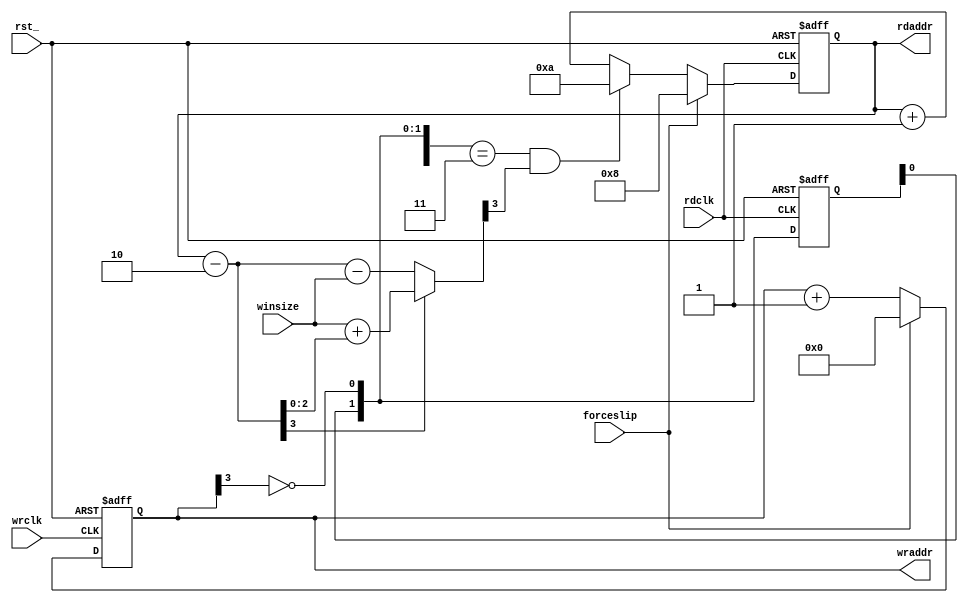
// Description     : Fifo clock converter control module. this macro uses to synchronize
//                   two data stream @ different clk domain.
//////////////////////////////////////////////////////////////////////////////////

module ffclkconvx
    (
     wrclk,     // clk of data write
     rdclk,     // clk of data read
     rst_,

     winsize,   // window size threshold to slip
     forceslip, // force slip buffer
     
                // Connect to memories
     wraddr,    // @+wrclk write address of memories
     rdaddr     // @+rdclk read address of memories
     );

parameter ADDRBIT = 4;
parameter WIN_WIDTH = 2;

parameter OFFSET = 2'd2; // the number clk cycle need to synchronize.
parameter RDCNT_RST = {1'b1,{ADDRBIT-1{1'b0}}};
parameter RDCNT_SLP = RDCNT_RST + OFFSET;
input   wrclk;
input   rdclk;

input   rst_;

input [WIN_WIDTH -1 :0] winsize;

input   forceslip;

output [ADDRBIT-1:0] wraddr;
output [ADDRBIT-1:0] rdaddr;

reg     [ADDRBIT-1:0]   wrcnt;

wire    [ADDRBIT-1:0] wraddr;
assign  wraddr = wrcnt;

reg     [ADDRBIT-1:0]   rdcnt;

wire    [ADDRBIT-1:0] rdaddr;
assign  rdaddr = rdcnt;

always @(posedge wrclk or negedge rst_)
    begin
    if(!rst_) wrcnt <= {ADDRBIT{1'b0}};
    else if (forceslip) wrcnt <= {ADDRBIT{1'b0}};
    else wrcnt  <= wrcnt  + 1'b1;
    end

wire     sync;
assign   sync = ~wrcnt[ADDRBIT-1];

reg [1:0] shiftsync;
always @(posedge rdclk or negedge rst_)
    begin
    if (!rst_) shiftsync <= 2'b00;
    else shiftsync <= {shiftsync[0],sync};
    end
wire    syncedg;
assign  syncedg = {shiftsync,sync} == 3'b011;

wire [ADDRBIT-1:0] window; // The current window size (entry count)
assign             window = rdcnt - OFFSET ;

wire [ADDRBIT-1:0] size; 
assign size = window[ADDRBIT-1] ? (winsize + window[ADDRBIT-2:0]) :
                                  (window - winsize);

wire   slipped;
assign slipped = syncedg & size[ADDRBIT-1];

always @(posedge rdclk or negedge rst_)
    begin
    if(!rst_) rdcnt <= RDCNT_RST;
    else if (forceslip) rdcnt <= RDCNT_RST;
    else if (slipped) rdcnt <= RDCNT_SLP;
    else rdcnt <= rdcnt + 1'b1;
    end

endmodule